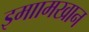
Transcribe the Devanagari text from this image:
इमाामखान